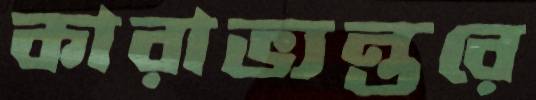
কারাভ্যন্তরে